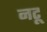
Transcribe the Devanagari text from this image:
नटू